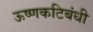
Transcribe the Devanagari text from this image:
ऊष्णकटिबंधी